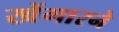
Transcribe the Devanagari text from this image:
खेंगारने